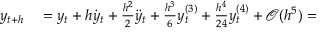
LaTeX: \begin{array} { r l } { y _ { t + h } } & { { } = y _ { t } + h { \dot { y } } _ { t } + { \frac { h ^ { 2 } } { 2 } } { \ddot { y } } _ { t } + { \frac { h ^ { 3 } } { 6 } } y _ { t } ^ { ( 3 ) } + { \frac { h ^ { 4 } } { 2 4 } } y _ { t } ^ { ( 4 ) } + { \mathcal { O } } ( h ^ { 5 } ) = } \end{array}